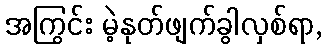
အကြွင်း မဲ့နုတ်ဖျက်ခွါလှစ်ရာ,